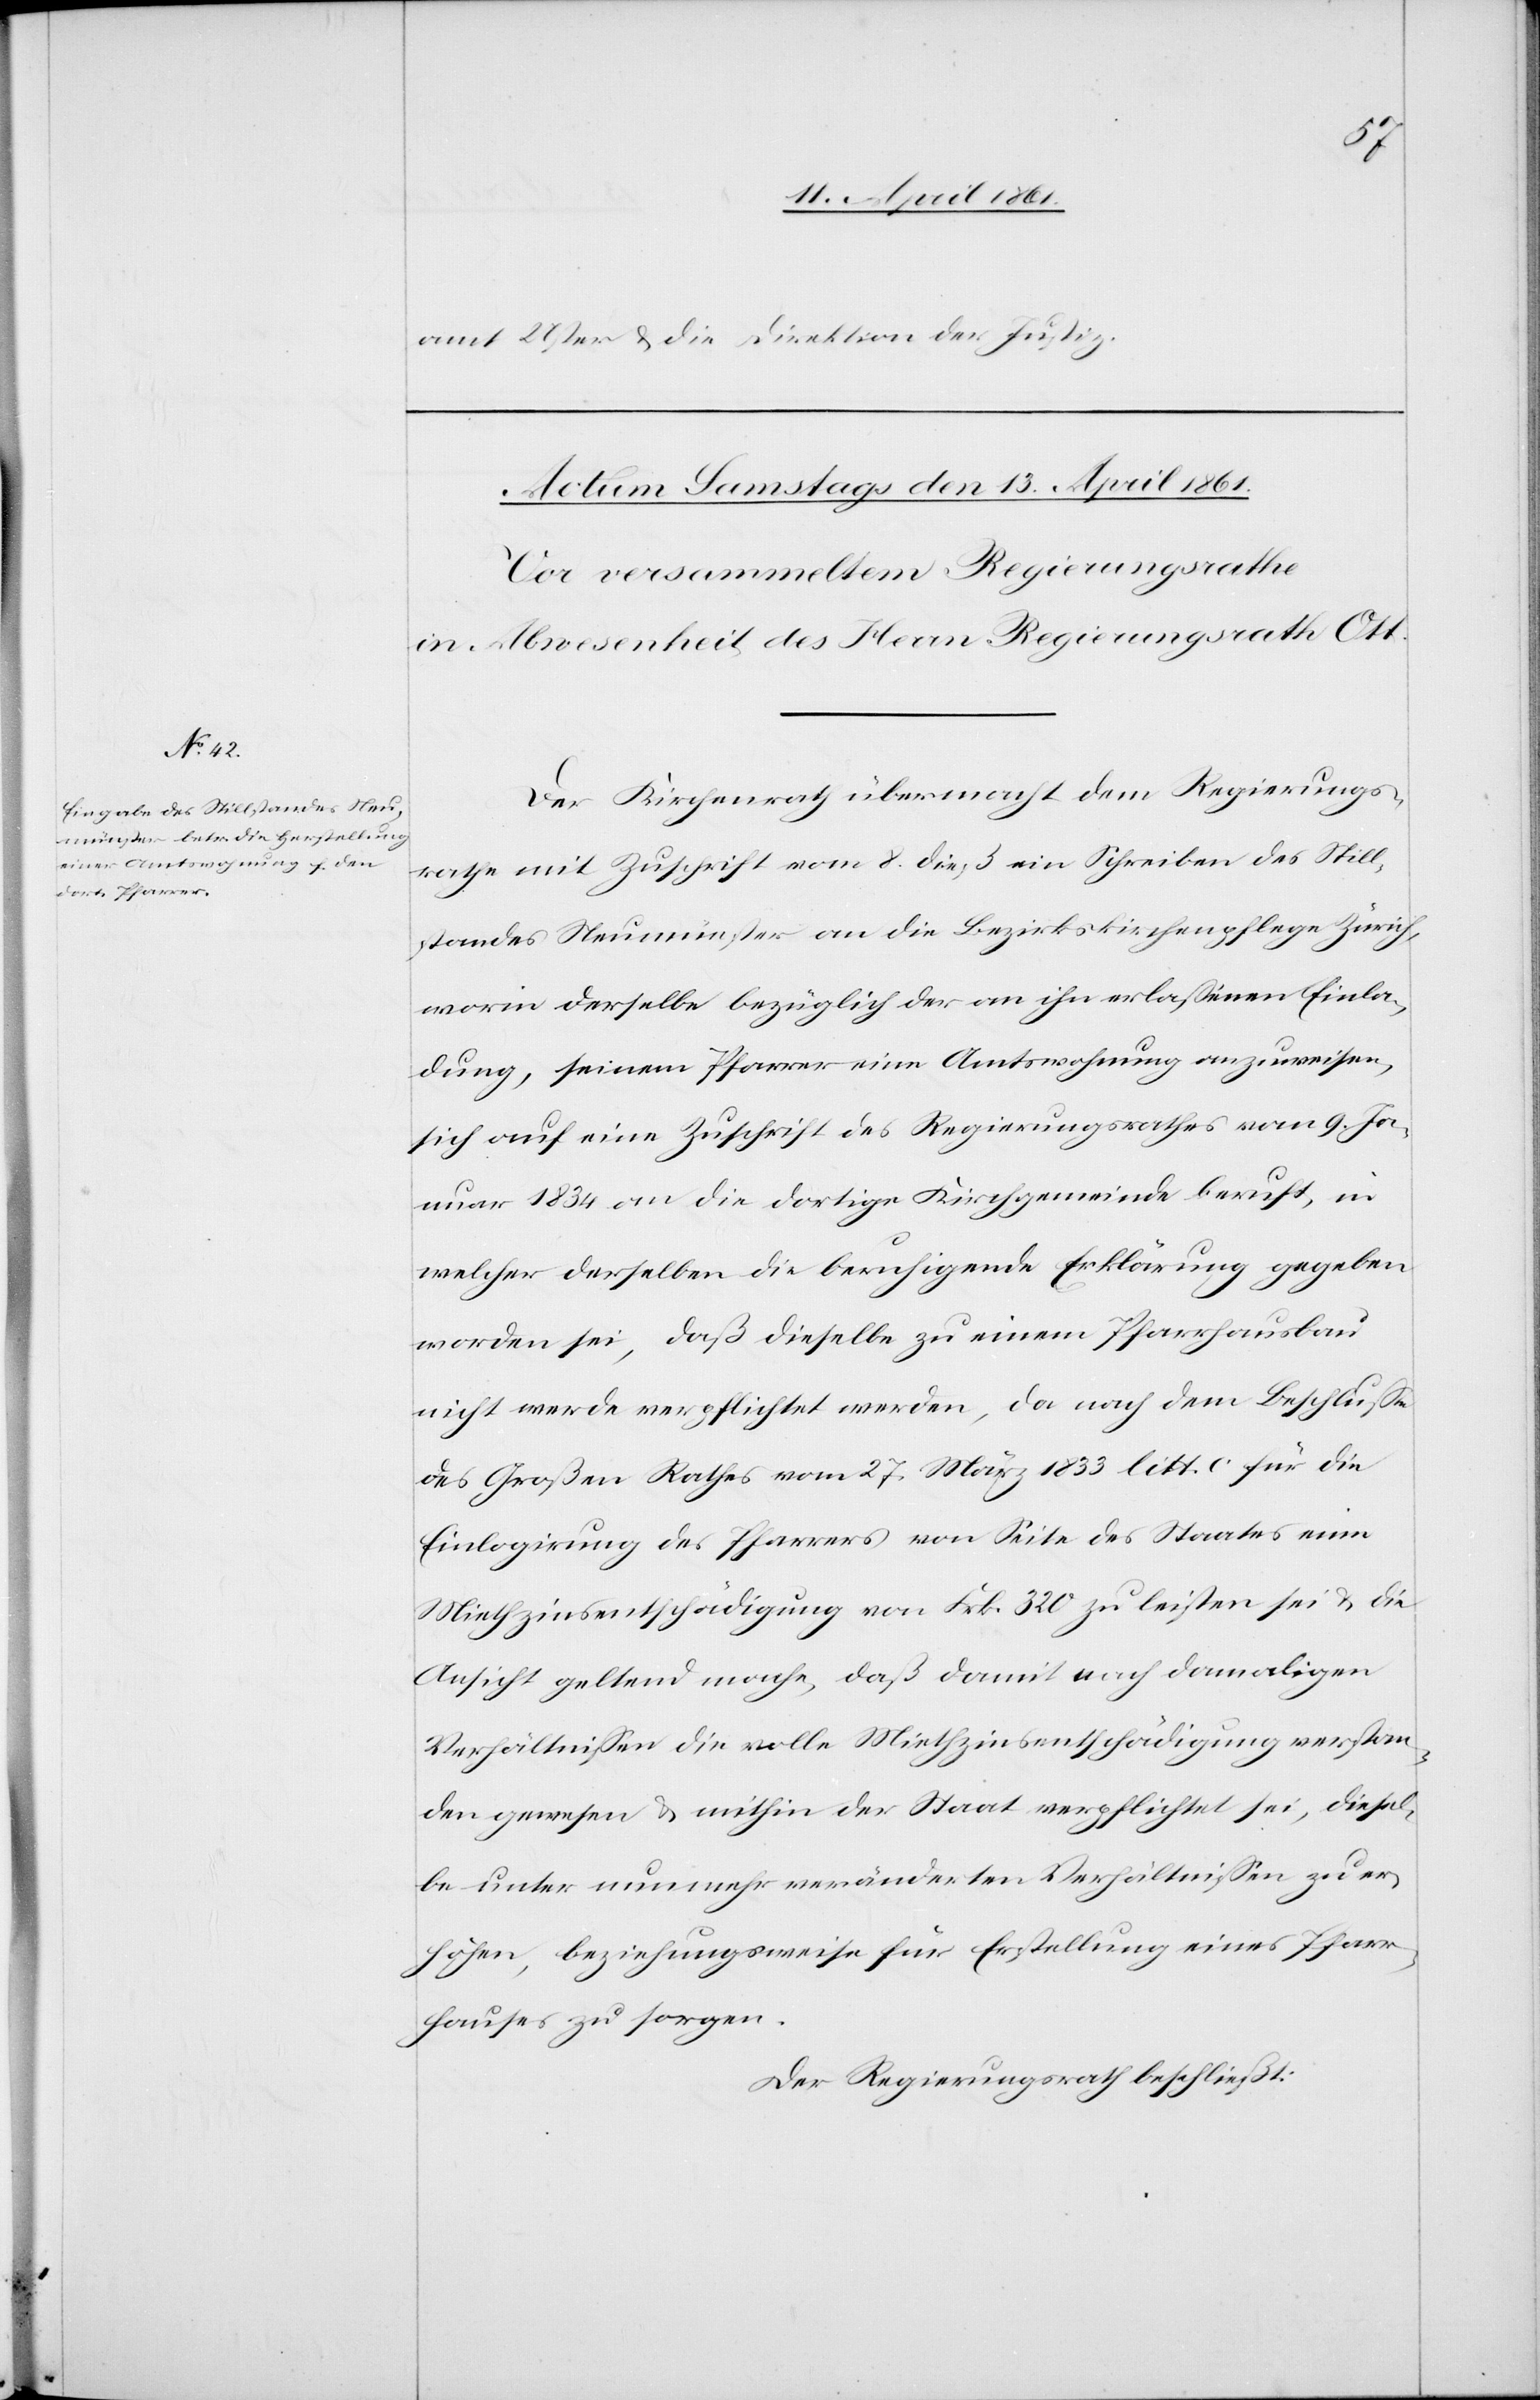
amt Uster u. die Direktion der Justiz.
Der Kirchenrath übermacht dem Regierungs¬
rathe mit Zuschrift vom 8. dieß ein Schreiben des Still¬
standes Neumünster an die Bezirkskirchenpflege Zürich,
worin derselbe bezüglich der an ihn erlassenen Einla¬
dung, seinem Pfarrer eine Amtswohnung anzuweisen,
sich auf eine Zuschrift des Regierungsrathes vom 9. Ja¬
nuar 1834 an die dortige Kirchgemeinde beruft, in
welcher derselben die beruhigende Erklärung gegeben
worden sei, daß dieselbe zu einem Pfarrhausbau
nicht werde verpflichtet werden, danach dem Beschlusse
des Großen Rathes vom 27. März 1833 litt. c. für die
Einlogirung des Pfarrers von Seite des Staates eine
Miethzinsentschädigung von Frk. 320 zu leisten sei u. die
Ansicht geltend mache, daß damit nach damaligen
Verhältnissen die volle Miethzinsentschädigung verstan¬
den gewesen u. mithin der Staat verpflichtet sei, diesel¬
be unter nunmehr veränderten Verhältnissen zu er¬
höhen, beziehungsweise für Erstellung eines Pfarr¬
hauses zu sorgen.
Der Regierungsrath beschließt: